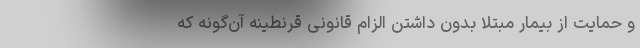
و حمایت از بیمار مبتلا بدون داشتن الزام قانونی قرنطینه آن‌گونه که